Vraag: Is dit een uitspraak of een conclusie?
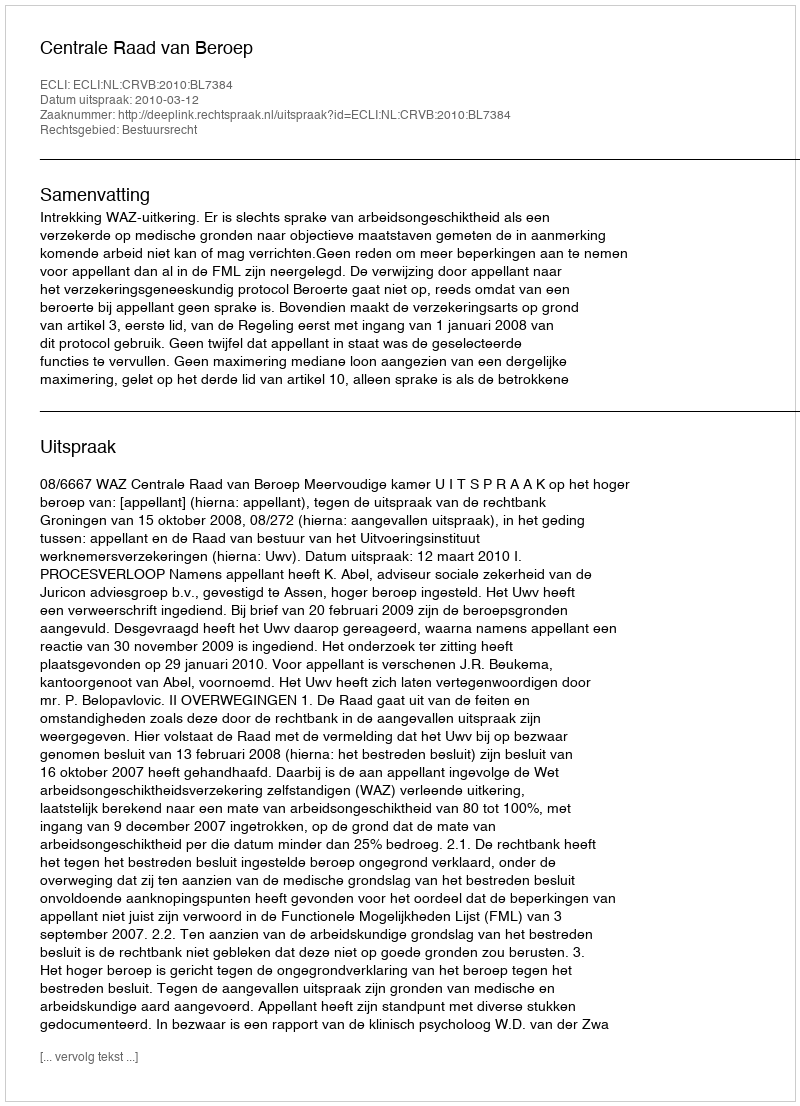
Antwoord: Uitspraak